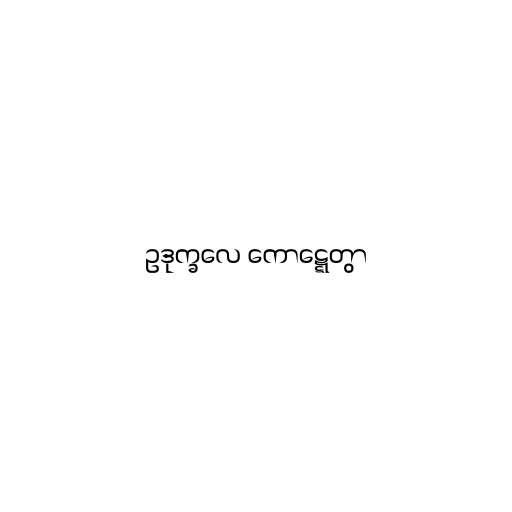
ဥဒုက္ခလေ ကောဋ္ဋေတွာ